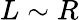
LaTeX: L\sim R